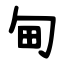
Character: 甸